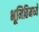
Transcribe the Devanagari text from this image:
भूमितिमध्ये